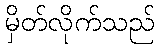
မှိတ်လိုက်သည်